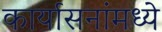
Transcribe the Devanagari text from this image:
कार्यासनांमध्ये